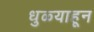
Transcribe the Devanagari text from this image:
धुळ्याहून